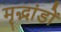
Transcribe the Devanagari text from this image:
मृद्भांडों